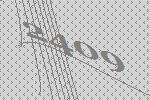
2409